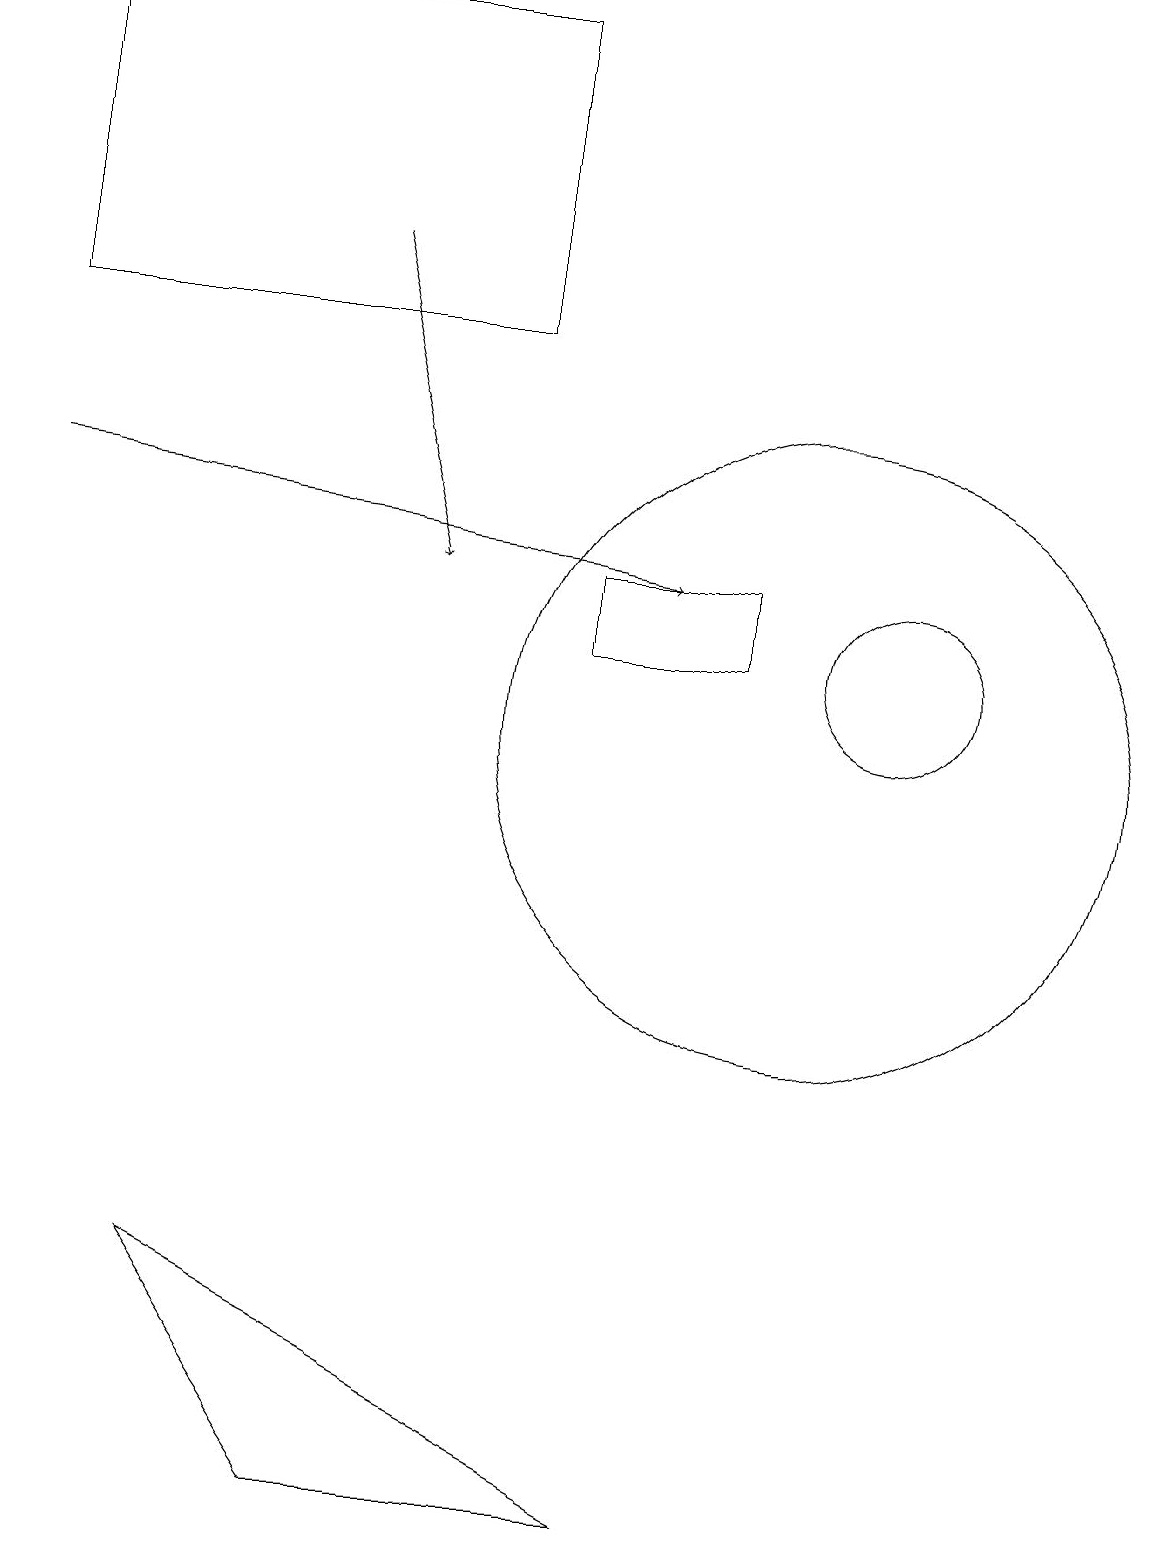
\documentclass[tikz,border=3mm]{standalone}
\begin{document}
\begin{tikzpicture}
\draw (10,10) circle (4);
\draw (9,12) rectangle (7,11);
\draw (11,11) circle (1);
\draw[->] (4,16) -- (5,12);
\draw[->] (0,13) -- (8,12);
\draw (6,15) rectangle (0,19);
\draw (2,3) -- (8,0) -- (4,0) -- cycle;
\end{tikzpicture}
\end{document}